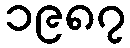
၁၉၈၇